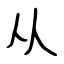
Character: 从